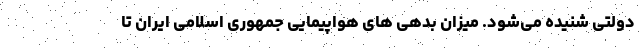
دولتی شنیده می‌شود. میزان بدهی های هواپیمایی جمهوری اسلامی ایران تا